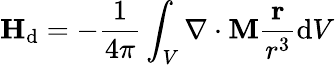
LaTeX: \mathbf{H}_{\mathrm{d}}=-{\frac{1}{4\pi}}\int_{V}\nabla\cdot\mathbf{M}{\frac{\mathbf{r}}{r^{3}}}\mathrm{d}V